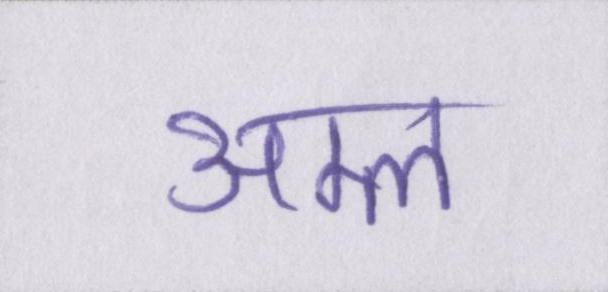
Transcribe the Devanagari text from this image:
अम्ल